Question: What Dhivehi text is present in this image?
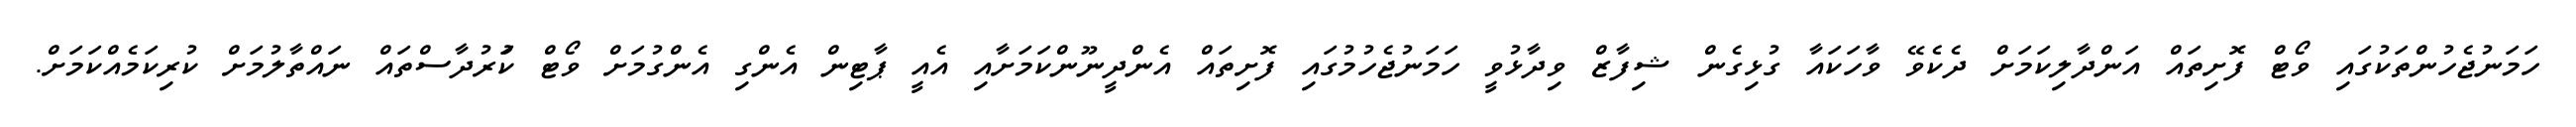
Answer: ހަމަނުޖެހުންތަކުގައި ވޯޓް ފޮށިތައް އަންދާލިކަމަށް ދެކެވޭ ވާހަކައާ ގުޅިގެން ޝިފާޒް ވިދާޅުވީ ހަމަނުޖެހުމުގައި ފޮށިތައް އެންދީނޫންކަމަށާއި އެއީ ޕާޓިން އެންގި އެންގުމަށް ވޯޓް ކަުރުދާސްތައް ނައްތާލުމަށް ކުރިކަމެއްކަމަށް.